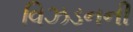
વિઝડનની